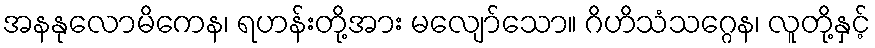
အနနုလောမိကေန၊ ရဟန်းတို့အား မလျော်သော။ ဂိဟိသံသဂ္ဂေန၊ လူတို့နှင့်